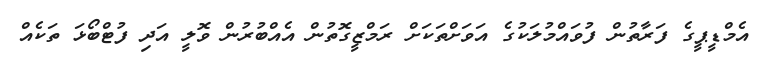
އެމްޑީޕީގެ ފަރާތުން ފުވައްމުލަކުގެ އަވަށްތަކަށް ރަމްޒީގޮތުން އެއްބުރުން ވޮލީ އަދި ފުޓްބޯޅަ ތަކެއް